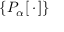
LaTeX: \{ P _ { \alpha } [ \, \cdot \, ] \}